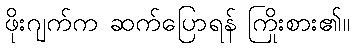
ဖိုးဂျက်က ဆက်ပြောရန် ကြိုးစား၏။